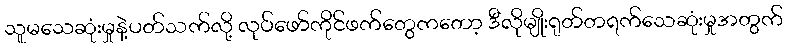
သူမသေဆုံးမှုနဲ့ပတ်သက်လို့ လုပ်ဖော်ကိုင်ဖက်တွေကတော့ ဒီလိုမျိုးရုတ်တရက်သေဆုံးမှုအတွက်